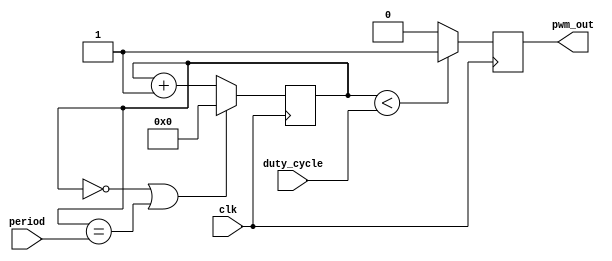
module PWM_generator(
    input wire [7:0] duty_cycle,
    input wire [15:0] period,
    input wire clk,
    output reg pwm_out
);

reg [15:0] counter;

always @(posedge clk)
begin
    if(counter == 0 || counter == period)
        counter <= 0;
    else
        counter <= counter + 1;
        
    if(counter < duty_cycle)
        pwm_out <= 1;
    else
        pwm_out <= 0;
end

endmodule